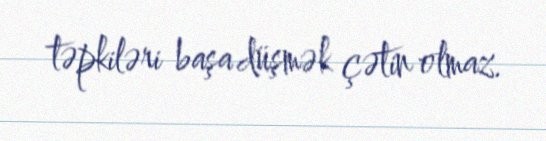
təpkiləri başa düşmək çətin olmaz.